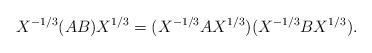
LaTeX: \begin{align*}X^{-1/3}(AB)X^{1/3} = (X^{-1/3}AX^{1/3})(X^{-1/3}BX^{1/3}).\end{align*}